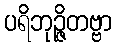
ပရိဘုဉ္ဇိတဗ္ဗာ